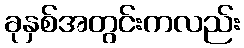
ခုနှစ်အတွင်းကလည်း